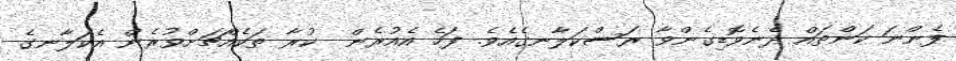
ފެންނަ ކަންތައް ދެނެވޮޑިގެންވާ ރަސްކަލާނގެއެވެ. ފަހެ އެއުރެން  ކުރާ ތަކެއްޗަށްވުރެން އެކަލާނގެ